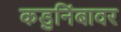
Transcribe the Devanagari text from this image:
कडुनिंबावर